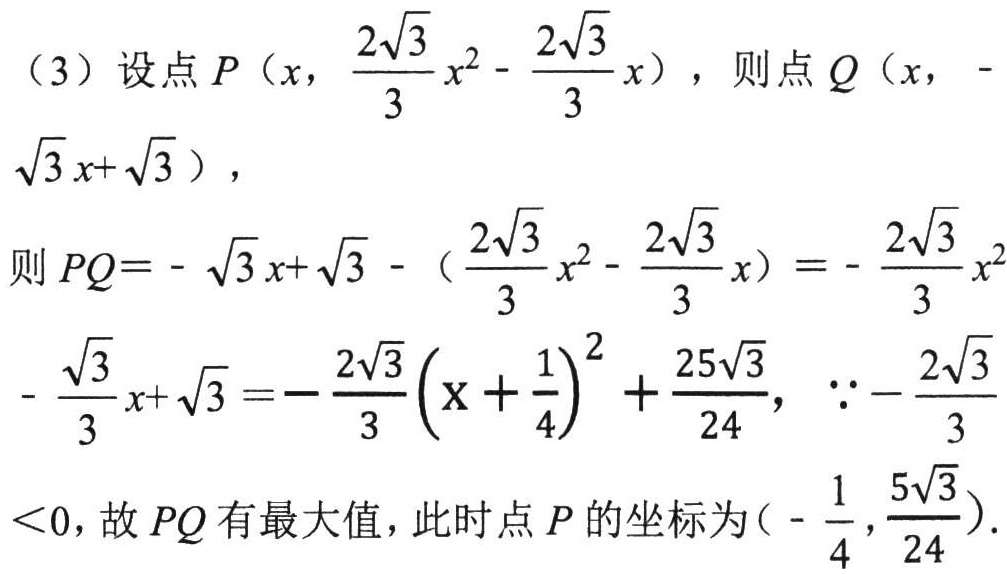
(3) 设点\(P\left(x,\frac{2\sqrt{3}}{3}x^{2}-\frac{2\sqrt{3}}{3}x\right)\)，则点\(Q(x,-\sqrt{3}x + \sqrt{3})\)，
则\(PQ=-\sqrt{3}x+\sqrt{3}-\left(\frac{2\sqrt{3}}{3}x^{2}-\frac{2\sqrt{3}}{3}x\right)=-\frac{2\sqrt{3}}{3}x^{2}-\frac{\sqrt{3}}{3}x+\sqrt{3}=-\frac{2\sqrt{3}}{3}\left(x + \frac{1}{4}\right)^{2}+\frac{25\sqrt{3}}{24}\)，\(\because-\frac{2\sqrt{3}}{3}<0\)，故\(PQ\)有最大值，此时点\(P\)的坐标为\(\left(-\frac{1}{4},\frac{5\sqrt{3}}{24}\right)\).